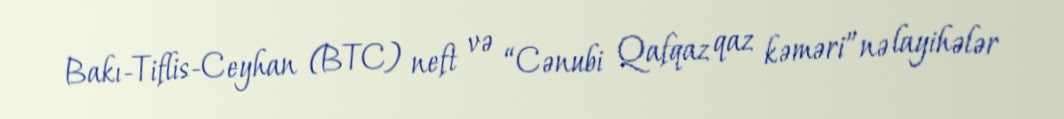
Bakı-Tiflis-Ceyhan (BTC) neft və “Cənubi Qafqaz qaz kəməri”nə layihələr